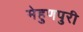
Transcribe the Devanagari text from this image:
मेहुणपुरी